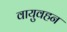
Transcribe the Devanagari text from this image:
वायुवहन